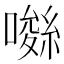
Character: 𡀚